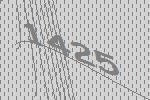
1425